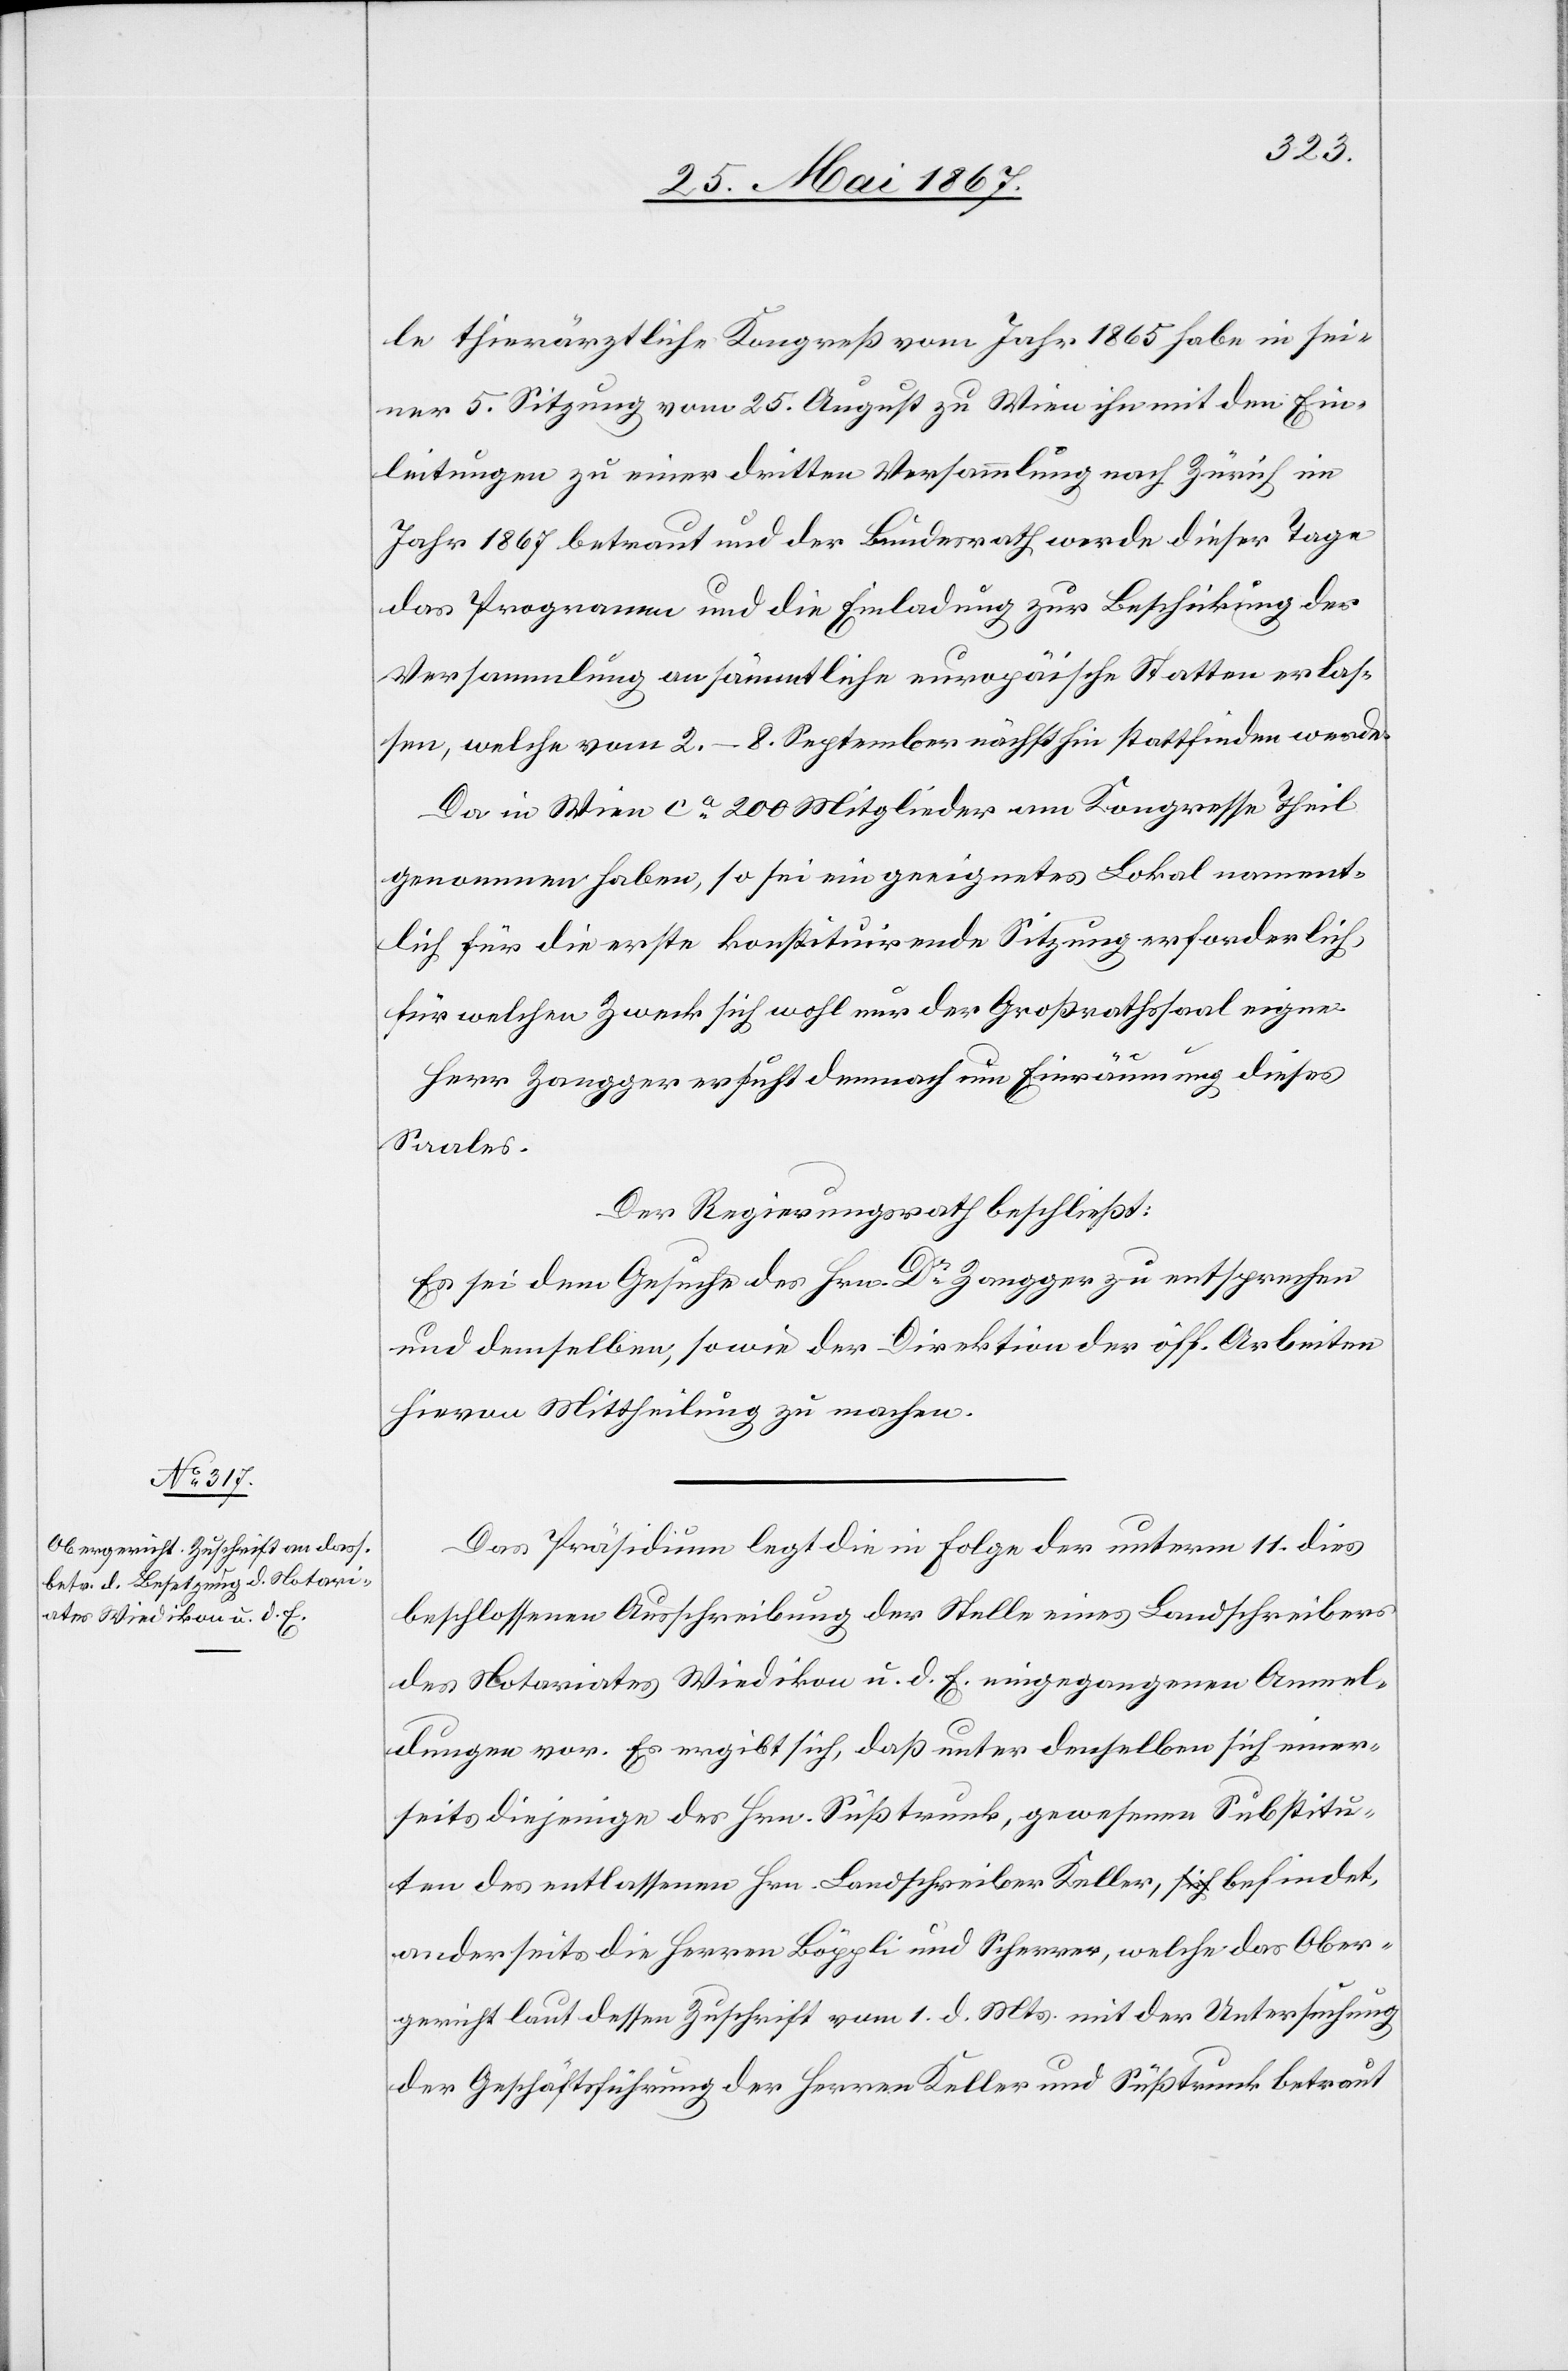
le thierärztliche Kongreß vom Jahr 1865 habe in sei¬
ner 5. Sitzung vom 25. August zu Wien ihn mit den Ein¬
leitungen zu einer dritten Versammlung nach Zürich im
Jahr 1867 betraut und der Bundesrath werde dieser Tage
das Programm und die Einladung zur Beschickung der
Versammlung an sämmtliche europäische Statten [sic!] erlas¬
sen, welche vom 2.–8. September nächsthin stattfinden werde.
Da in Wien ca. 200 Mitglieder am Kongresse Theil
genommen haben, so sei ein geeignetes Lokal nament¬
lich für die erste konstituirende Sitzung erforderlich,
für welchen Zweck sich wohl nur der Großrathssaal eigne.
Herr Zangger ersucht demnach um Einräumung dieses
Saales.
Der Regierungsrath beschließt:
Es sei dem Gesuche des Hrn. Dr. Zangger zu entsprechen
und demselben, sowie der Direktion der öff. Arbeiten
hievon Mittheilung zu machen.
Das Präsidium legt die in Folge der unterm 11. dies
beschlossenen Ausschreibung der Stelle eines Landschreibers
des Notariates Wiedikon u. d. E. eingegangenen Anmel¬
dungen vor. Es ergibt sich, daß unter denselben sich einer¬
seits diejenige des Hrn. Süßtrunk, gewesenen Substitu¬
ten des entlassenen Hrn. Landschreiber Keller, befindet,
anderseits die Herren Böppli und Scherrer, welche das Ober¬
gericht laut dessen Zuschrift vom 1. d. Mts. mit der Untersuchung
der Geschäftsführung der Herren Keller und Süßtrunk betreut